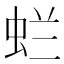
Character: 𱿞